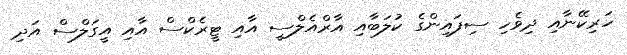
ހަރިކޭނާއި ދިވެހި ސިފައިންގެ ކުލަބާއި އާރްއެލްސީ އާއި ޓީރެކްސް އާއި އީގަލްސް އަދި